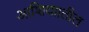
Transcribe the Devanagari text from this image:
आशियाातील